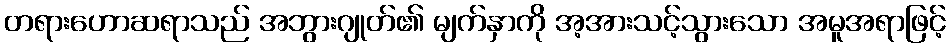
တရားဟောဆရာသည် အဘွားဂျုတ်၏ မျက်နှာကို အ့အားသင့်သွားသော အမူအရာဖြင့်